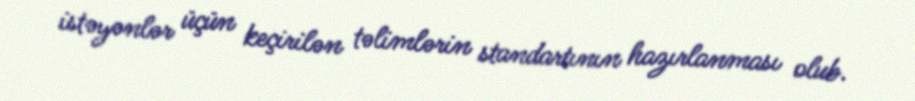
istəyənlər üçün keçirilən təlimlərin standartının hazırlanması olub.